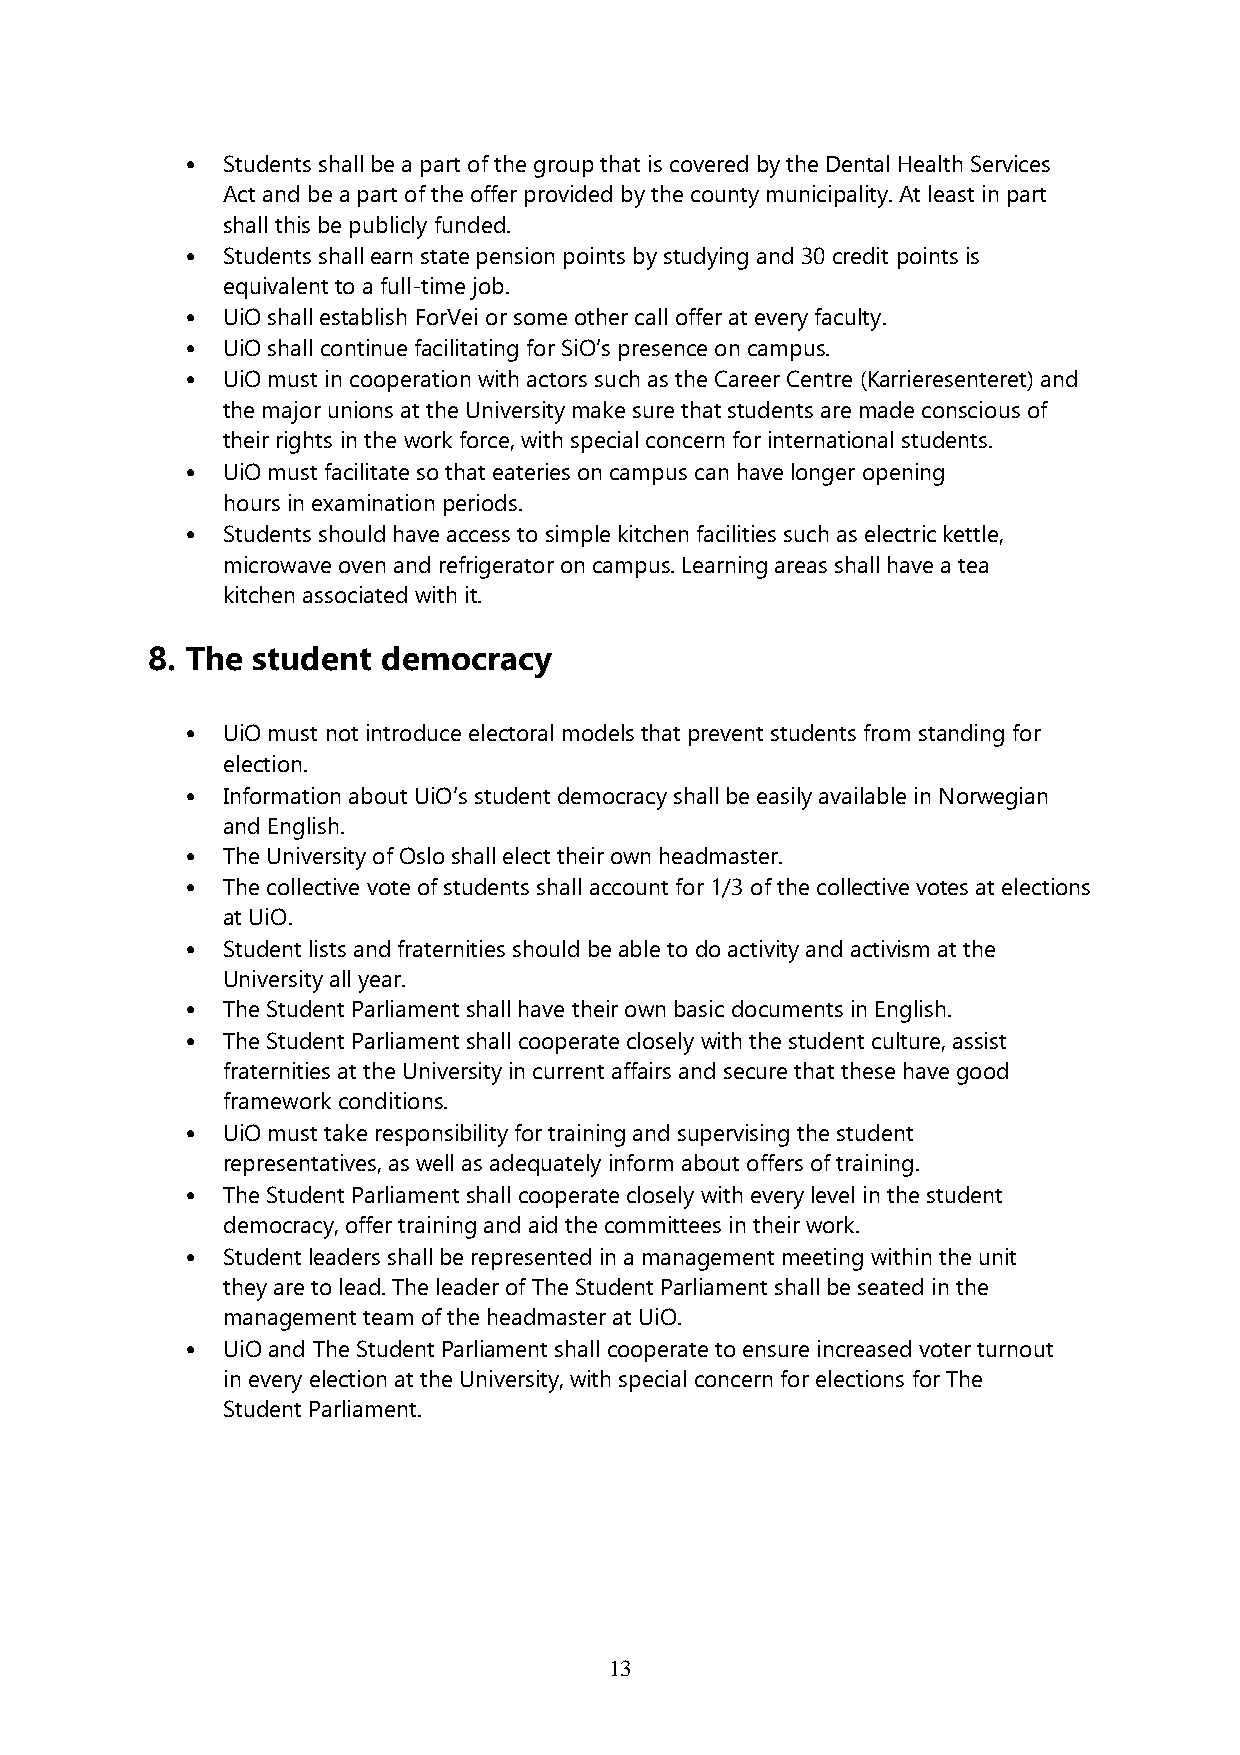
•  Students shall be a part of the group that is covered by the Dental Health Services
 Act and be a part of the offer provided by the county municipality. At least in part
 shall this be publicly funded.
 •  Students shall earn state pension points by studying and 30 credit points is
 equivalent to a full-time job.
 •  UiO shall establish ForVei or some other call offer at every faculty.
 •  UiO shall continue facilitating for SiO’s presence on campus.
 •  UiO must in cooperation with actors such as the Career Centre (Karrieresenteret) and
 the major unions at the University make sure that students are made conscious of
 their rights in the work force, with special concern for international students.
 •  UiO must facilitate so that eateries on campus can have longer opening
 hours in examination periods.
 •  Students should have access to simple kitchen facilities such as electric kettle,
 microwave oven and refrigerator on campus. Learning areas shall have a tea
 kitchen associated with it.
 8. The student democracy
 •  UiO must not introduce electoral models that prevent students from standing for
 election.
 •  Information about UiO’s student democracy shall be easily available in Norwegian
 and English.
 •  The University of Oslo shall elect their own headmaster.
 •  The collective vote of students shall account for 1/3 of the collective votes at elections
 at UiO.
 •  Student lists and fraternities should be able to do activity and activism at the
 University all year.
 •  The Student Parliament shall have their own basic documents in English.
 •  The Student Parliament shall cooperate closely with the student culture, assist
 fraternities at the University in current affairs and secure that these have good
 framework conditions.
 •  UiO must take responsibility for training and supervising the student
 representatives, as well as adequately inform about offers of training.
 •  The Student Parliament shall cooperate closely with every level in the student
 democracy, offer training and aid the committees in their work.
 •  Student leaders shall be represented in a management meeting within the unit
 they are to lead. The leader of The Student Parliament shall be seated in the
 management team of the headmaster at UiO.
 •  UiO and The Student Parliament shall cooperate to ensure increased voter turnout
 in every election at the University, with special concern for elections for The
 Student Parliament.
 13